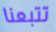
تتبعنا